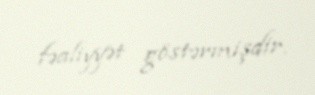
fəaliyyət göstərmişdir.